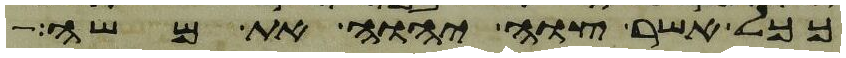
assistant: ככל אשר צוה יהוה את משה